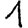
Digit: 1